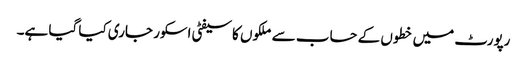
رپورٹ میں خطوں کے حساب سے ملکوں کاسیفٹی اسکور جاری کیا گیا ہے۔